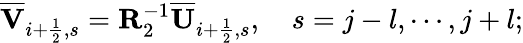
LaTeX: \overline{{\mathbf{V}}}_{i+\frac{1}{2},s}={\mathbf{R}}_{2}^{-1}\overline{{\mathbf{U}}}_{i+\frac{1}{2},s},\quad s=j-l,\cdots,j+l;